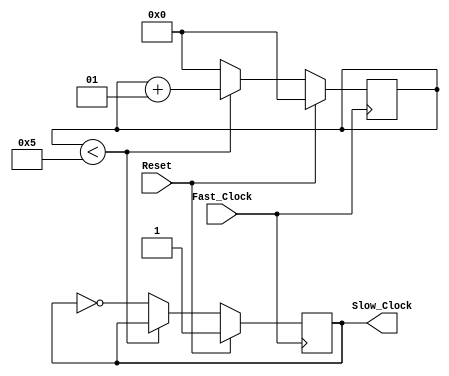
module Clock_Manager
#(parameter N_COUNT = 5) //If N_COUNT is too low, the program might not work on the physical board
(
	input Reset, Fast_Clock,
	output reg Slow_Clock
);

initial
begin
	Slow_Clock = 1;
end

integer count = 0;

always@(posedge Fast_Clock)
begin
	if (Reset)
	begin
		count <= 0;
		Slow_Clock <= 1;
	end
	else
	begin
		if (count<N_COUNT)
		begin
			count <= count + 1;
		end
		else begin
			count <= 0;
			Slow_Clock <= ~Slow_Clock;
		end
	end
end


endmodule